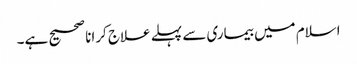
اسلام میں بیماری سے پہلے علاج کرانا صحیح ہے۔